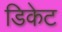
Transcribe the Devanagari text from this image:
डिकेट